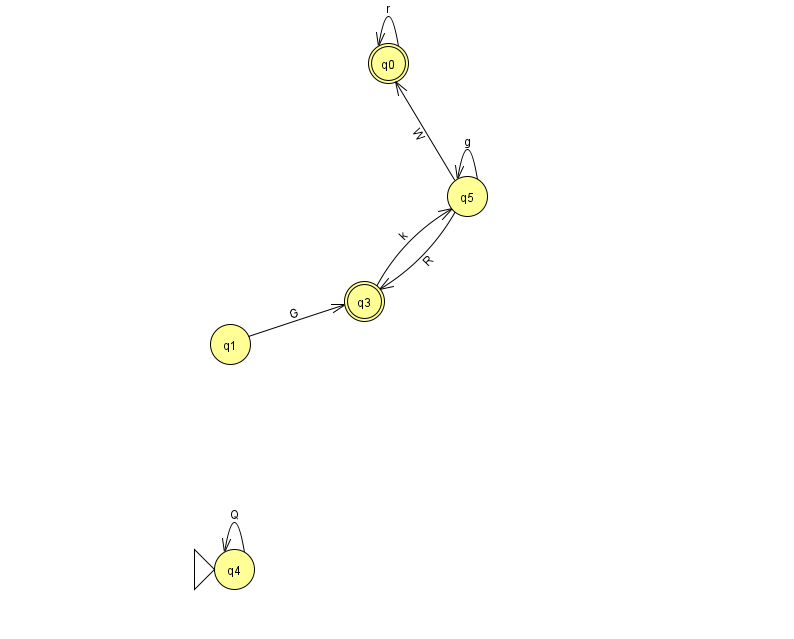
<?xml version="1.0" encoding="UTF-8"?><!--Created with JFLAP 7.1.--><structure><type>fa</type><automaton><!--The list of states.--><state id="0" name="q0"><x>388.0</x><y>50.0</y><final/></state><state id="1" name="q1"><x>230.0</x><y>331.0</y></state><state id="3" name="q3"><x>364.0</x><y>288.0</y><final/></state><state id="4" name="q4"><x>234.0</x><y>556.0</y><initial/></state><state id="5" name="q5"><x>467.0</x><y>183.0</y></state><!--The list of transitions.--><transition><from>1</from><to>3</to><read>G</read></transition><transition><from>4</from><to>4</to><read>Q</read></transition><transition><from>0</from><to>0</to><read>r</read></transition><transition><from>5</from><to>0</to><read>W</read></transition><transition><from>3</from><to>5</to><read>k</read></transition><transition><from>5</from><to>5</to><read>g</read></transition><transition><from>5</from><to>3</to><read>R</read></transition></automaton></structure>